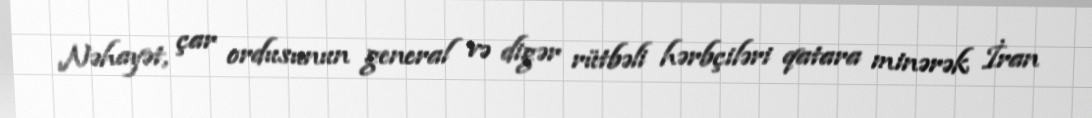
Nəhayət, çar ordusunun general və digər rütbəli hərbçiləri qatara minərək İran